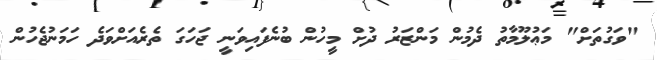
"ވަގުތަށް" މަޢުލޫމާތު ދެމުން މަންޒަރު ދުށް މީހުން ބުނެފައިވަނީ ޖަހަގަ ތެރެއަށްވަދެ ހަމަނުޖެހުން